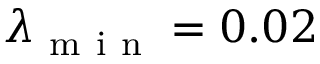
\lambda _ { \mathrm { ~ m ~ i ~ n ~ } } = 0 . 0 2